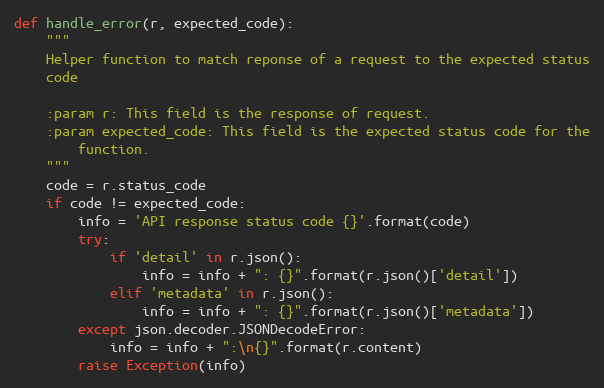
Language: Python
def handle_error(r, expected_code):
    """
    Helper function to match reponse of a request to the expected status
    code

    :param r: This field is the response of request.
    :param expected_code: This field is the expected status code for the
        function.
    """
    code = r.status_code
    if code != expected_code:
        info = 'API response status code {}'.format(code)
        try:
            if 'detail' in r.json():
                info = info + ": {}".format(r.json()['detail'])
            elif 'metadata' in r.json():
                info = info + ": {}".format(r.json()['metadata'])
        except json.decoder.JSONDecodeError:
            info = info + ":\n{}".format(r.content)
        raise Exception(info)